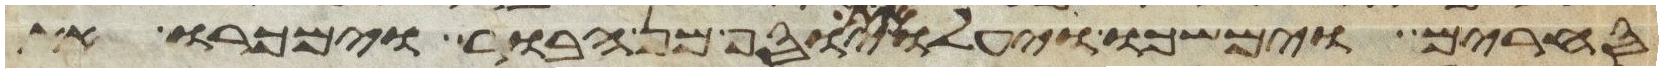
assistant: סחרים וימשכו ויעלו את יוסף מן הבור וימכרו את